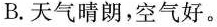
B.天气晴朗，空气好。